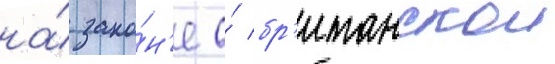
на́ зако́н'е о́ бр'итанскои